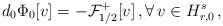
LaTeX: \begin{align*}d_0\Phi_0[v] = - \mathcal F_{1/2}^+[v] \, , \forall \, v \in H^s_{r, 0} \, ,\end{align*}